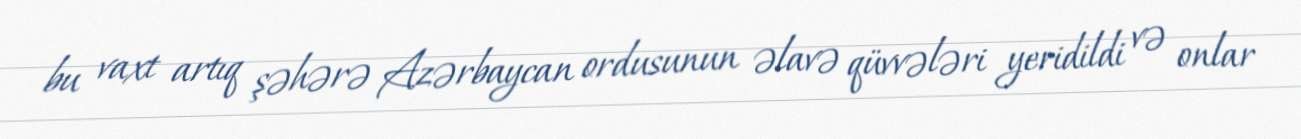
bu vaxt artıq şəhərə Azərbaycan ordusunun əlavə qüvvələri yeridildi və onlar